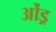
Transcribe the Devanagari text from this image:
ओंड्र